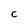
Character: c